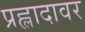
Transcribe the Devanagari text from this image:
प्रह्लादावर